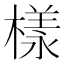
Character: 樣